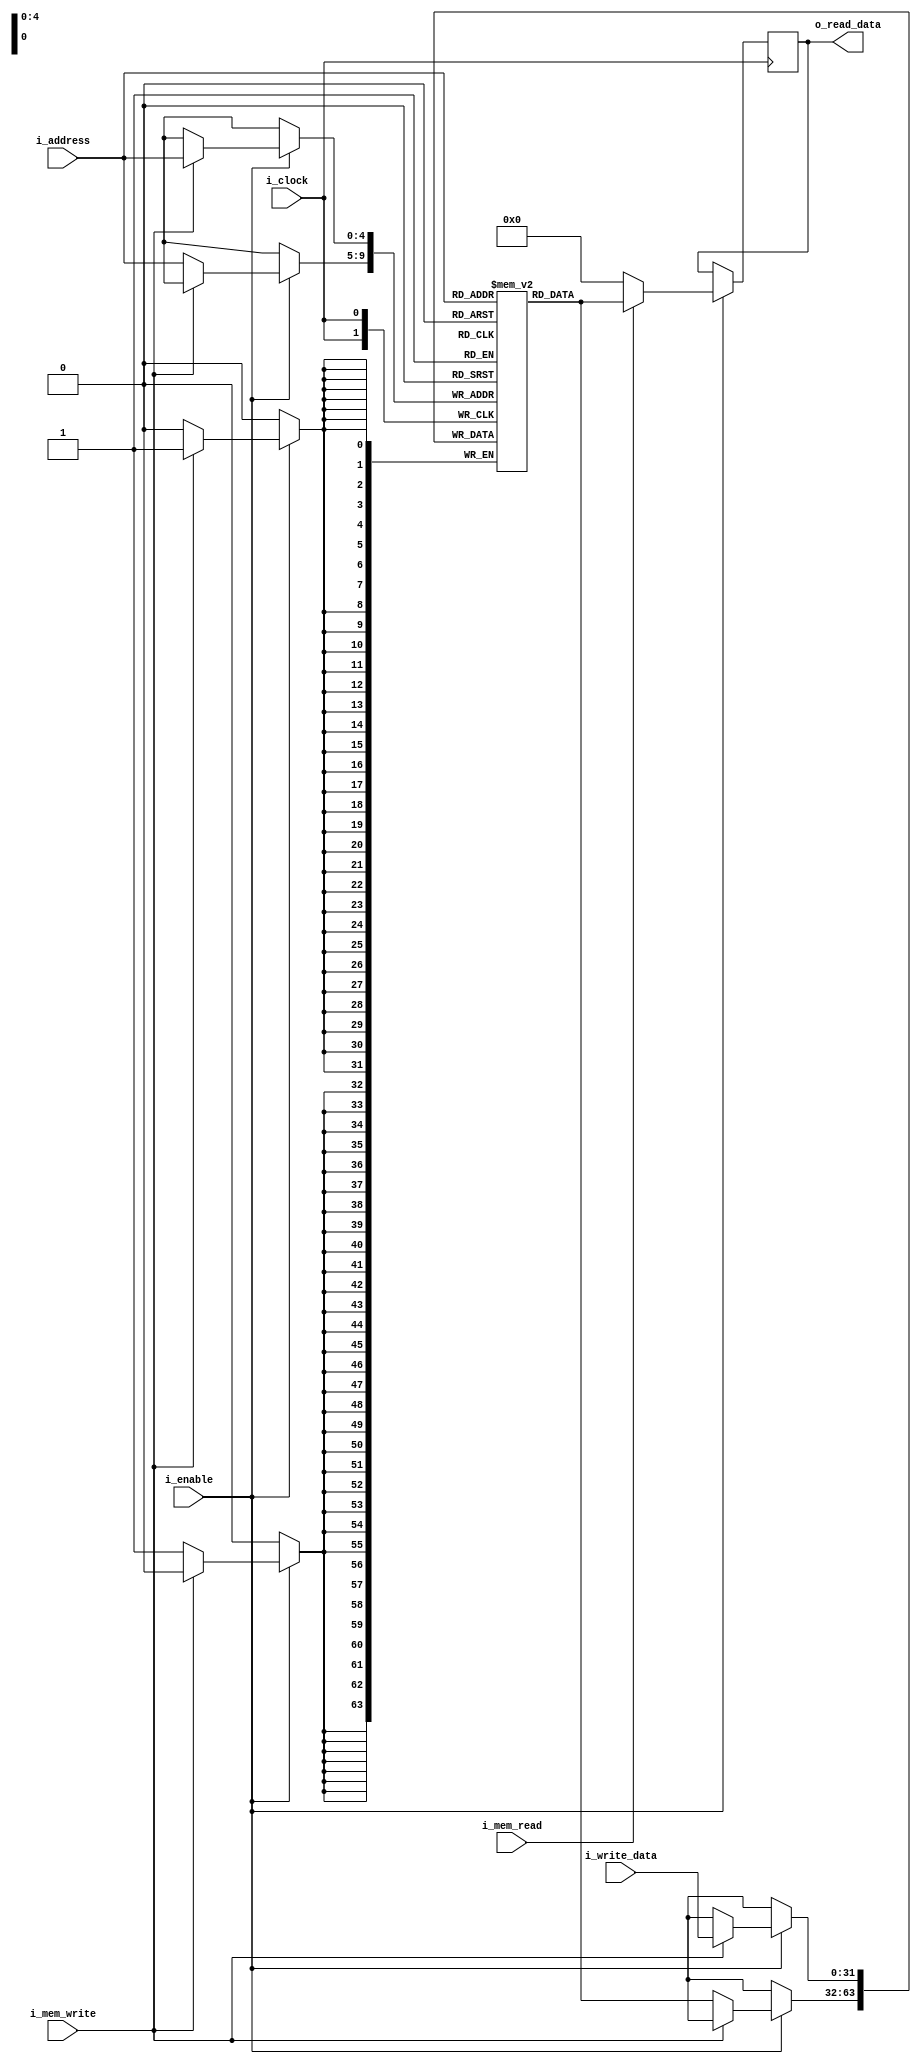
`timescale 1ns / 1ps

module data_memory#(
  parameter MEMORY_WIDTH = 32,              // RAM data width
  parameter MEMORY_DEPTH = 32,              // RAM depth (number of entries)
  parameter NB_ADDR = 5,
  parameter NB_DATA = 32
) 
(
  input                 	i_clock,        // Clock
  input                 	i_enable,       // Mem enable
  input                 	i_mem_write, 	// Write enable
  input                 	i_mem_read,  	// Read enable
  input  [NB_ADDR-1:0]  	i_address,   	// Write and read address bus
  input  [NB_DATA-1:0]  	i_write_data,   // RAM input data
  output [NB_DATA-1:0]  	o_read_data     // RAM output data
);

	reg [MEMORY_WIDTH-1:0] BRAM [MEMORY_DEPTH-1:0];
	reg [NB_DATA-1:0] ram_data = {NB_DATA{1'b0}};
	// reg [MEMORY_WIDTH-1:0] byte_data = {MEMORY_WIDTH{1'b0}};

	generate
		integer ram_index;
		initial
			for (ram_index = 0; ram_index < MEMORY_DEPTH; ram_index = ram_index + 1)
				BRAM[ram_index] = {MEMORY_WIDTH{1'b0}};
	endgenerate


	always@(posedge i_clock) begin
	    // BRAM[0] <= 32'h8ff0ff01;
	    // BRAM[1] <= 32'h20;
	    // BRAM[2] <= 32'h100;
//		BRAM[31] <= 32'haabbcc01;
		if(i_enable) begin
			// Escritura
			// BRAM[0] = 32'hff010203f; //BORRAR
			if(i_mem_write) begin
				BRAM[i_address] <= i_write_data;
			end	
			else begin
				BRAM[i_address] <= BRAM[i_address];
			end
			
			// Lectura
			if(i_mem_read) begin
				ram_data		<= BRAM[i_address];
			end
			else begin
				ram_data		<= 32'b0;
			end
		end
	end

	assign o_read_data = ram_data;

endmodule